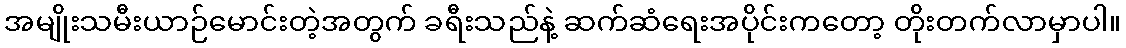
အမျိုးသမီးယာဉ်မောင်းတဲ့အတွက် ခရီးသည်နဲ့ ဆက်ဆံရေးအပိုင်းကတော့ တိုးတက်လာမှာပါ။